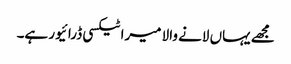
مجھے یہاں لانے والا میرا ٹیکسی ڈرائیور ہے۔